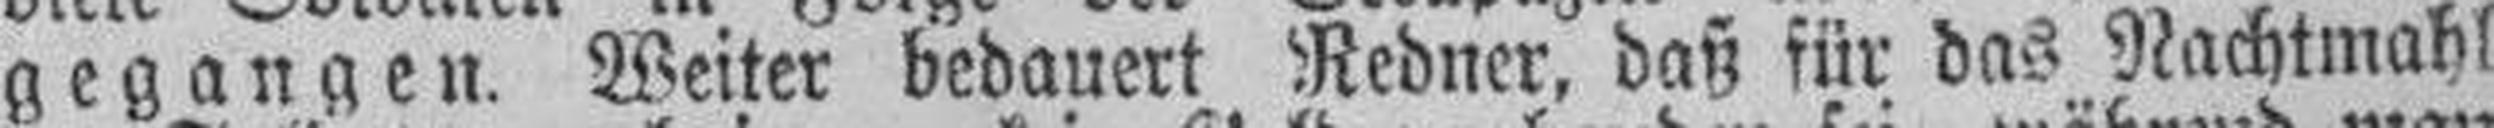
gegangen. Weiter bedauert Redner, daß für das Nachtmahl